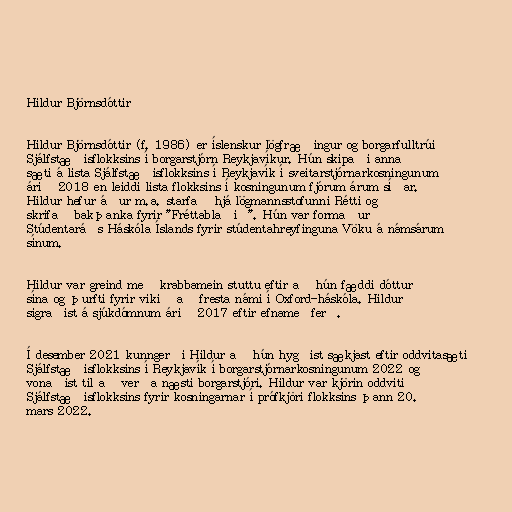
Hildur Björnsdóttir

Hildur Björnsdóttir (f. 1986) er íslenskur lögfræðingur og borgarfulltrúi
Sjálfstæðisflokksins í borgarstjórn Reykjavíkur. Hún skipaði annað
sæti á lista Sjálfstæðisflokksins í Reykjavík í sveitarstjórnarkosningunum
árið 2018 en leiddi lista flokksins í kosningunum fjórum árum síðar.
Hildur hefur áður m.a. starfað hjá lögmannsstofunni Rétti og
skrifað bakþanka fyrir "Fréttablaðið". Hún var formaður
Stúdentaráðs Háskóla Íslands fyrir stúdentahreyfinguna Vöku á námsárum
sínum.

Hildur var greind með krabbamein stuttu eftir að hún fæddi dóttur
sína og þurfti fyrir vikið að fresta námi í Oxford-háskóla. Hildur
sigraðist á sjúkdómnum árið 2017 eftir efnameðferð.

Í desember 2021 kunngerði Hildur að hún hygðist sækjast eftir oddvitasæti
Sjálfstæðisflokksins í Reykjavík í borgarstjórnarkosningunum 2022 og
vonaðist til að verða næsti borgarstjóri. Hildur var kjörin oddviti
Sjálfstæðisflokksins fyrir kosningarnar í prófkjöri flokksins þann 20.
mars 2022.